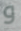
و